Document type: Enfranchisement
Year: 1297
Scribe: Jaume de Trilla
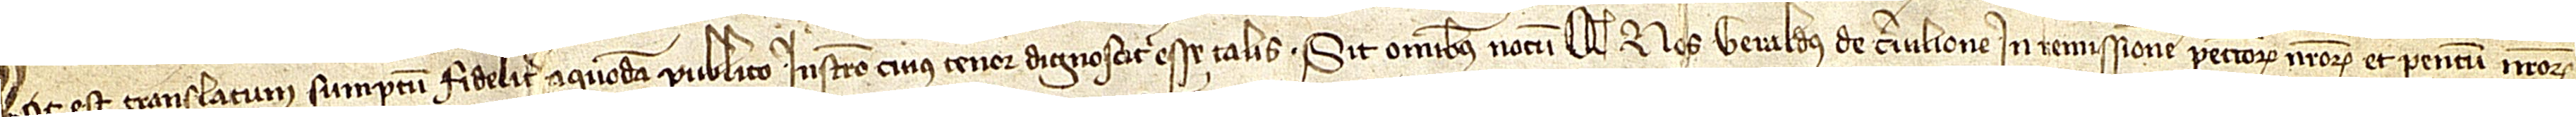
Hoc est translatum sumptum fideliter a quodam publico instrumento cuius tenor dinoscitur esse talis: Sit omnibus notum quod nos Geraldus de Cervilione, in remissionem peccatorum nostrorum et parentum nostrorum